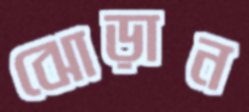
ঝোড়ান